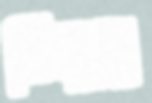
চিয়ার